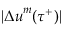
\vert { \Delta u } ^ { m } ( \tau ^ { + } ) \vert